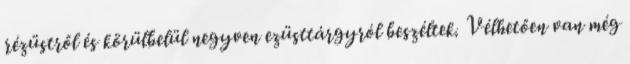
rézüstről és körülbelül negyven ezüsttárgyról beszéltek. Vélhetően van még